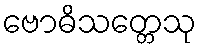
ဗောဓိသတ္တေသု